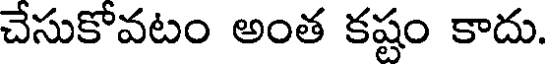
చేసుకోవటం అంత కష్టం కాదు.